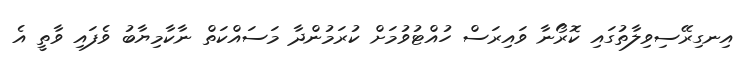
އިނގިރޭސިވިލާތުގައި ކޮރޯނާ ވައިރަސް ހުއްޓުވުމަށް ކުރަމުންދާ މަސައްކަތް ނާކާމިޔާބު ވެފައި ވާތީ އެ